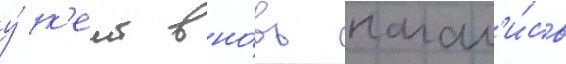
у́ к'еит вно́вь начал'и́сь